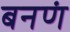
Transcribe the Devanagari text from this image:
बनणं